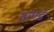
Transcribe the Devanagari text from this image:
ताण्डे